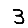
Digit: 3